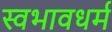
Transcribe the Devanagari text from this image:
स्वभावधर्म